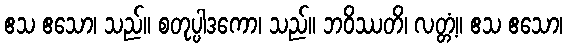
ဧသ ဧသော၊ သည်။ စတုပ္ပါဒကော၊ သည်။ ဘဝိဿတိ၊ လတ္တံ့။ ဧသ ဧသော၊